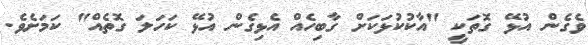
ވެގެން އުޅޭ ގޮތަކީ "އާކުކުޅަކަށް ގާބިހެއް އެޅިގެން އުޅޭ ކަހަލަ ގޮތެއް" ކަމަށެވެ.